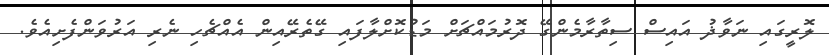
ލޮރީގައި ނަވާޛު އައިސް ސިތާރާމެންގޭ ދޮރުމައްޗަށް މަޑުކޮށްލާފައި ގޭތެރޭއިން އެއްޗެހި ނެރި އަރުވަންފެށިއެވެ.